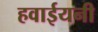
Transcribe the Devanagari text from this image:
हवाईयनी